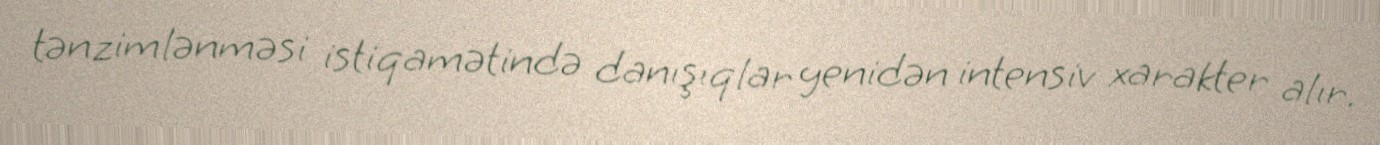
tənzimlənməsi istiqamətində danışıqlar yenidən intensiv xarakter alır.